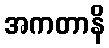
အကတာနိ